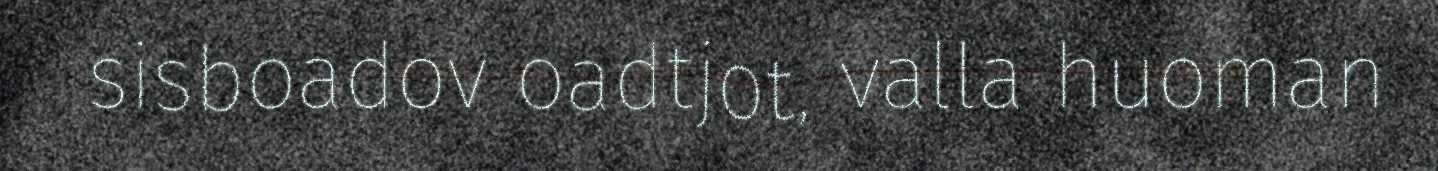
sisboadov oadtjot, valla huoman